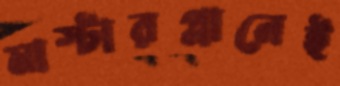
মাস্টারপ্লানেই